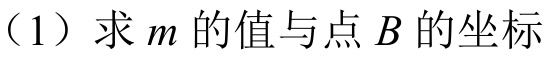
（1）求\(m\)的值与点\(B\)的坐标